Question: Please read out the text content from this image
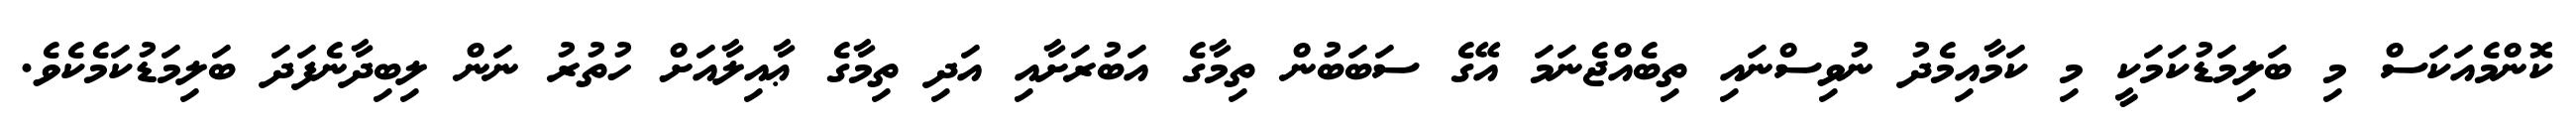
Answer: ކޮންމެއަކަސް މި ބަލިމަޑުކަމަކީ މި ކަމާއިމެދު ނުވިސްނައި ތިބެއްޖެނަމަ އޭގެ ސަބަބުން ތިމާގެ އަބުރަށާއި އަދި ތިމާގެ ޢާއިލާއަށް ހުތުރު ނަން ލިބިދާނެފަދަ ބަލިމަޑުކަމެކެވެ.